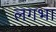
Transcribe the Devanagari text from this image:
लगभा